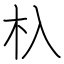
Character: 杁